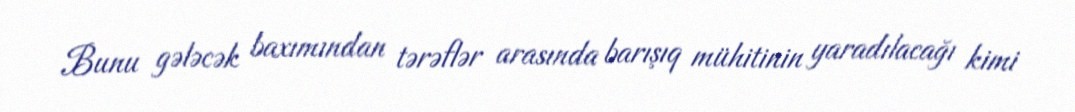
Bunu gələcək baxımından tərəflər arasında barışıq mühitinin yaradılacağı kimi